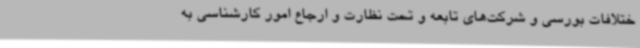
ختلافات بورسی و شرکت‌های تابعه و تحت نظارت و ارجاع امور کارشناسی به